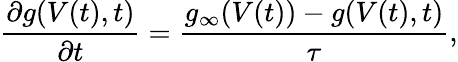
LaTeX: \frac{\partial g(V(t),t)}{\partial t}=\frac{g_{\infty}(V(t))-g(V(t),t)}{\tau},